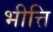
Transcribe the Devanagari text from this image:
भीत्ति